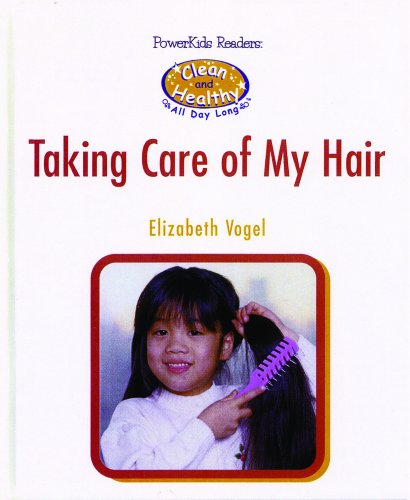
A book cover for Taking Care of My Hair (Powerkids Readers Clean and Healthy All Day Long); Elizabeth Vogel; Teen & Young Adult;